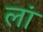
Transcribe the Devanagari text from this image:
लां